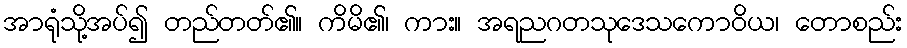
အာရုံသို့အပ်၍ တည်တတ်၏။ ကိမိ၏၊ ကား။ အရညဂတသုဒေသကောဝိယ၊ တောစည်း